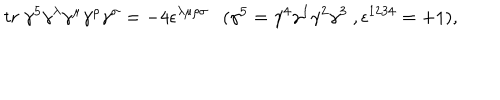
LaTeX: t r \ \gamma ^ { 5 } \gamma ^ { \lambda } \gamma ^ { \mu } \gamma ^ { \rho } \gamma ^ { \sigma } = - 4 \epsilon ^ { \lambda \mu \rho \sigma } \ \ \ ( \gamma ^ { 5 } = \gamma ^ { 4 } \gamma ^ { 1 } \gamma ^ { 2 } \gamma ^ { 3 } \ , \epsilon ^ { 1 2 3 4 } = + 1 ) ,